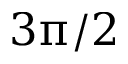
3 \uppi / 2